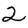
Digit: 2